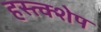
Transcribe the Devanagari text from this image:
हस्त्क्शेप